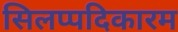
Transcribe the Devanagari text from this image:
सिलप्पदिकारम